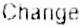
CHANGE